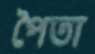
পৈতা